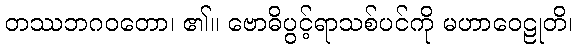
တဿဘဂဝတော၊ ၏။ ဗောဓိပွင့်ရာသစ်ပင်ကို မဟာဝေဠုတိ၊